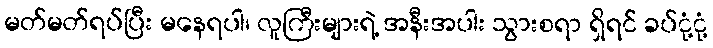
မတ်မတ်ရပ်ပြီး မနေရပါ၊ လူကြီးများရဲ့ အနီးအပါး သွားစရာ ရှိရင် ခပ်ငုံ့ငုံ့